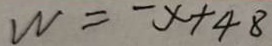
W = - x + 4 8